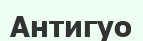
Антигуо